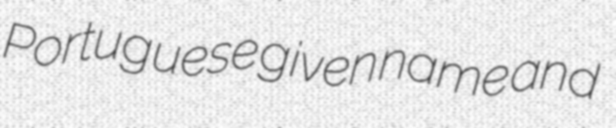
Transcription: Portuguese given name and